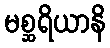
မစ္ဆရိယာနိ